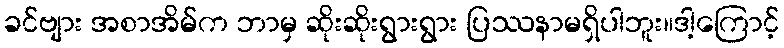
ခင်ဗျား အစာအိမ်က ဘာမှ ဆိုးဆိုးရွားရွား ပြဿနာမရှိပါဘူး။ဒါ့ကြောင့်